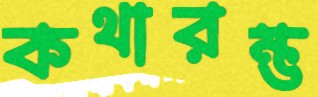
কথারম্ভ